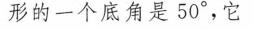
形的一个底角是50°，它